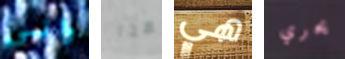
واني هذا هي يحري